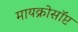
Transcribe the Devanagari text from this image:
मायक्रोसॉप्ट